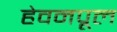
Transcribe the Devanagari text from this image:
हेवनपूल